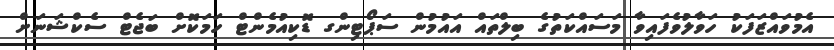
އެމުވައްޒަފަކު ހަވާލުވެފައިވާ މަސައްކަތުގެ ބިލްތައް އައުމުން ސަޕޯޓިންގ ޑޮކިއުމެންޓް ހަމަކޮށް ބަޖެޓް ސެކްޝަނަށް